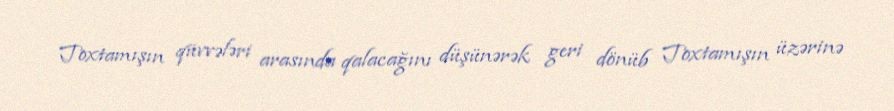
Toxtamışın qüvvələri arasında qalacağını düşünərək geri dönüb Toxtamışın üzərinə